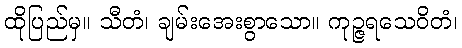
ထိုပြည်မှ။ သီတံ၊ ချမ်းအေးစွာသော။ ကုဉ္ဇရသေဝိတံ၊